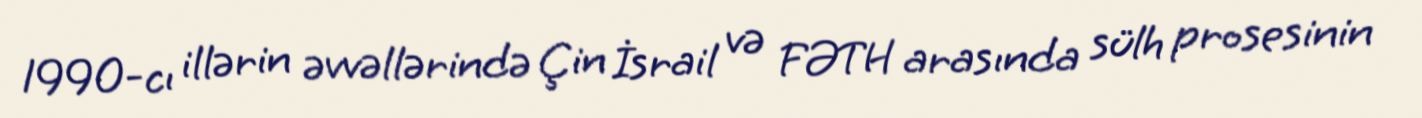
1990-cı illərin əvvəllərində Çin İsrail və FƏTH arasında sülh prosesinin